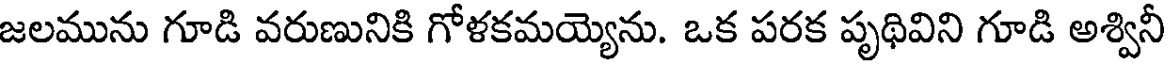
జలమును గూడి వరుణునికి గోళకమయ్యెను. ఒక పరక పృథివిని గూడి అశ్వినీ